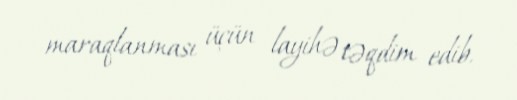
maraqlanması üçün layihə təqdim edib.